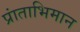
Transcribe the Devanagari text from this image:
प्रांताभिमान